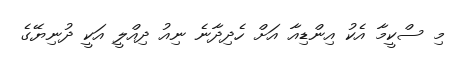
މި ސްކީމާ އެކު އިންޑިއާ އަށް ހެދިދާނެ ނިއު ދިއްލީ އަކީ ދުނިޔޭގެ